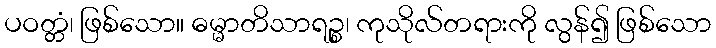
ပဝတ္တံ၊ ဖြစ်သော။ ဓမ္မာတိသာရဉ္စ၊ ကုသိုလ်တရားကို လွန်၍ ဖြစ်သော